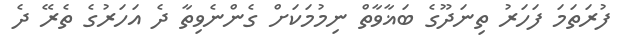
ފުރަތަމަ ފަހަރު ތިނަދޫގެ ބަޣާވާތް ނިމުމަކަށް ގެންނެވިތާ ދެ އަހަރުގެ ތެރޭ ދެ